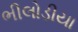
ભીલોડીયા